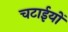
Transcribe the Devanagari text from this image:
चटाईयों